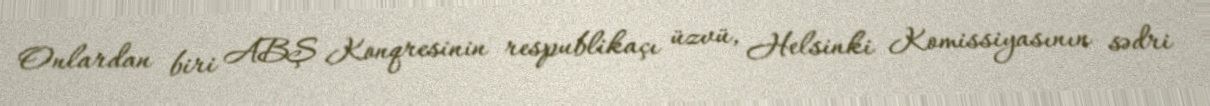
Onlardan biri ABŞ Konqresinin respublikaçı üzvü, Helsinki Komissiyasının sədri